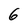
Character: 6